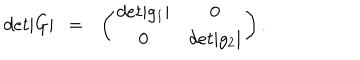
d e t | G | ~ ~ = ~ ~ \left( \begin{matrix} { { d e t | g _ { 1 } | } } & { { 0 } } \\ { { 0 } } & { { d e t | g _ { 2 } | } } \\ \end{matrix} \right) .